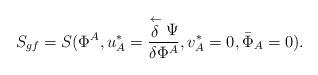
LaTeX: \begin{align*}S_{gf}=S(\Phi^{A},u^{*}_{A}=\frac{\stackrel{\leftarrow}{\delta}\Psi}{\delta\Phi^{A}},v^{*}_{A}=0,{\bar{\Phi}}_{A}=0).\end{align*}